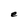
Character: e